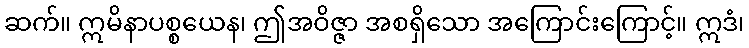
ဆက်။ ဣမိနာပစ္စယေန၊ ဤအဝိဇ္ဇာ အစရှိသော အကြောင်းကြောင့်။ ဣဒံ၊